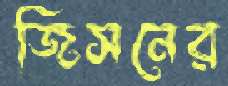
জিসনের